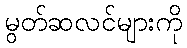
မွတ်ဆလင်များကို